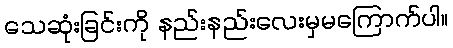
သေဆုံးခြင်းကို နည်းနည်းလေးမှမကြောက်ပါ။